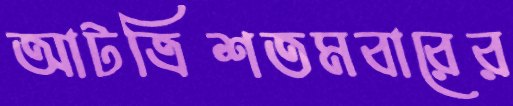
আটত্রিশতমবারের